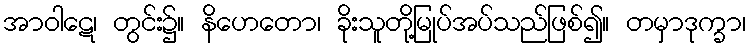
အာဝါဋေ၊ တွင်း၌။ နိဟေတော၊ ခိုးသူတို့မြုပ်အပ်သည်ဖြစ်၍။ တမှာဒုက္ခာ၊